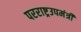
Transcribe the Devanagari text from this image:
परराष्ट्रउपमंत्री